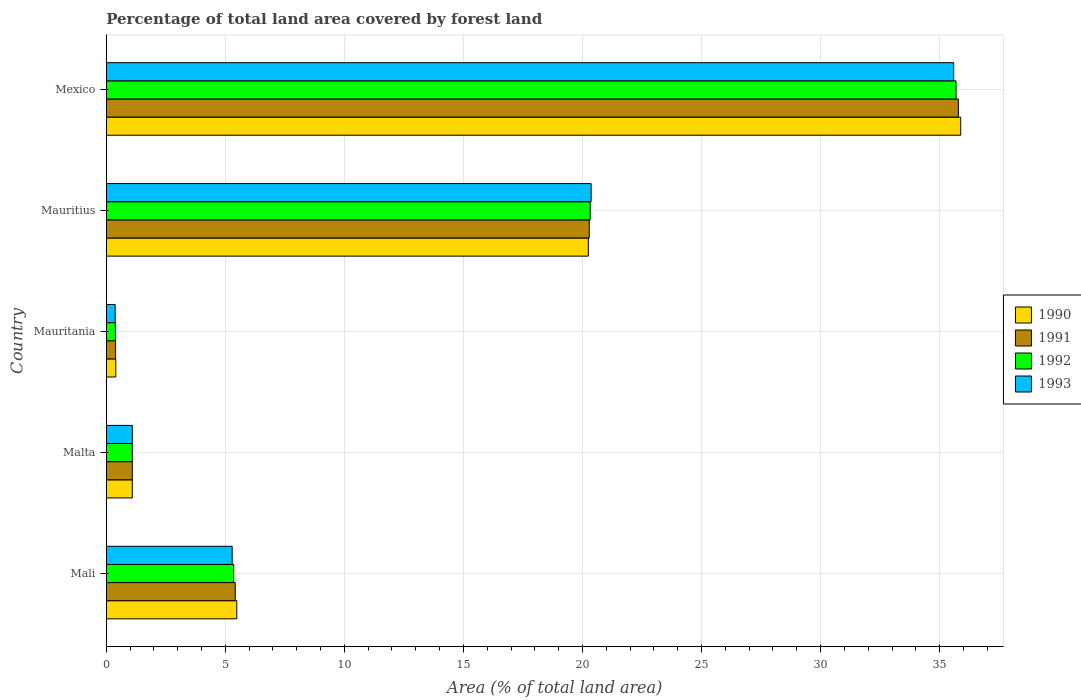
| Country | 1990 | 1991 | 1992 | 1993 |
 | --- | --- | --- | --- | --- |
 | Mali | 5.48 | 5.42 | 5.35 | 5.29 |
 | Malta | 1.09 | 1.09 | 1.09 | 1.09 |
 | Mauritania | 0.403 | 0.393 | 0.384 | 0.374 |
 | Mauritius | 20.2 | 20.3 | 20.3 | 20.4 |
 | Mexico | 35.9 | 35.8 | 35.7 | 35.6 |